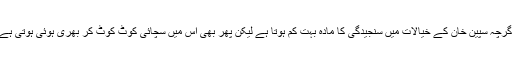
اگرچہ سپین خان کے خیالات میں سنجیدگی کا مادہ بہت کم ہوتا ہے لیکن پھر بھی اس میں سچائی کوٹ کوٹ کر بھری ہوئی ہوتی ہے۔